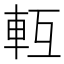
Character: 𨋆